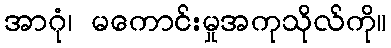
အာဂုံ၊ မကောင်းမှုအကုသိုလ်ကို။